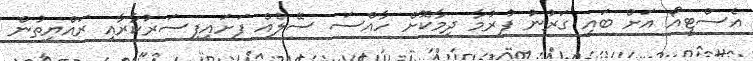
އެސްޓީއޯ އަށް ބައި ގަރުނު ފުރުމާ ދިމާކޮށް ހާއްސަ ސޭލެއް ފަށައިފިސަރުކާރާއި ރައްޔިތުން